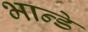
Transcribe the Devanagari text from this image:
भान्डे